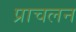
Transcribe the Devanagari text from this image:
प्राचलन